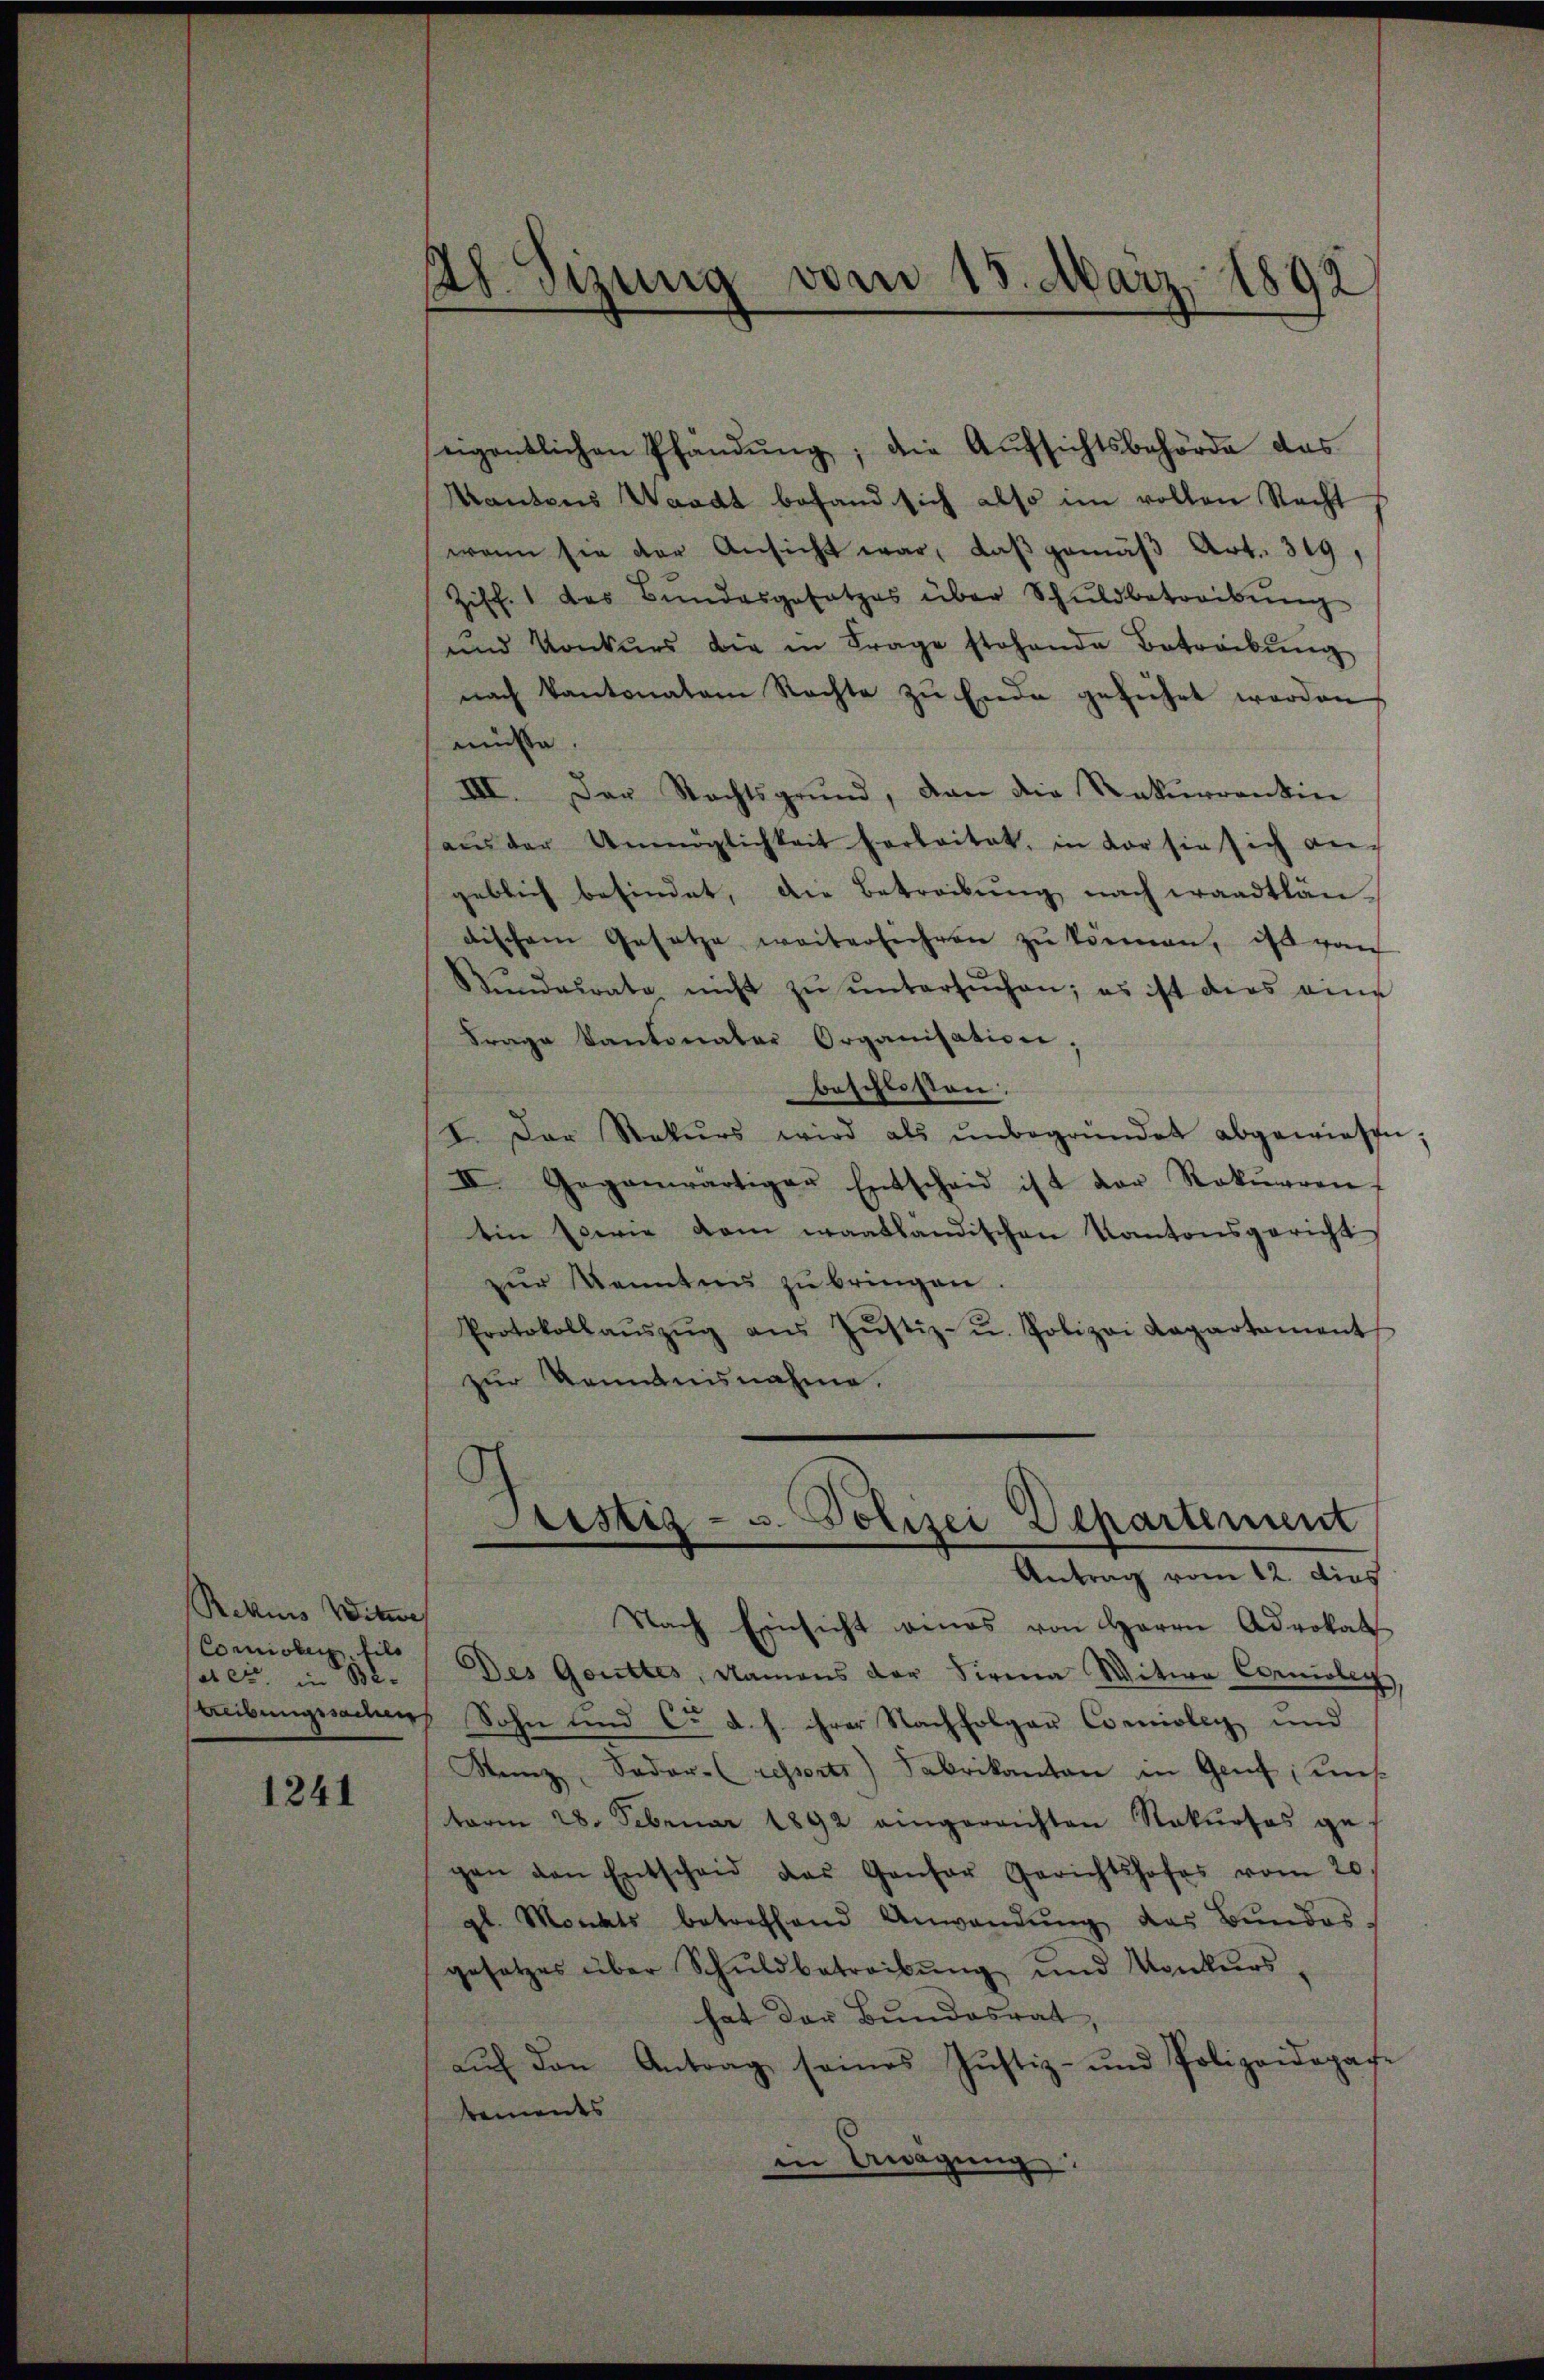
Rekurs Witwe
(Commissig, fils
atet, in Be-

1241

48. Sizung vom 15. März 1892
s

eigentlichen Pfändung; die Aufsichtsbehörde das
Mantons Waadt befand sich also im vollen Recht
wenn sie der Ansicht war, daβ gemäβ Art. 319,
Ziff. 1 des Bundesgesetzes über Schuldbetreibŭng
und Konkurs die in Frage stehende Betreibŭng
nach Kantonaten Rechte zu Ende geführt werden
müsse.
III. Der Nachtsgrund, dan die Rekurrentin
aŭs der Unmöglichkeit Farbeitet, in der sie sich an-
geblich befindet, die Betreibŭng nach waadtlän-
dischem Gesetze weiterlichen zŭ können, ist gan
Stŭndesrate nicht zŭ ŭntersŭchen; es ist dies eine
Frage kantonaler Organisation;
beschlossen.
I. Der Rekurs wird als ŭnbegründet abgewiesen;
III. Gegenwärtiger Entscheid ist der Rekŭrren
Ein Es wie dem waatländischen Kantonsgericht
zŭr Kenntens zŭ bringen.
Protokollaŭszŭg aŭs Jŭstiz- u. Polizei Kapartament
zur Kenntnisnahme.
Justiz- u. Polizei Departement
Antrag vom 12. dies
Nach Einsicht eines von Herrn Advokat
Des Gottes, Namens der Firma Witwe Comisler,
Reibungssachen Sohn und Co d. h. ihrer Nachfolger Cornioley und
Stenz, Sadar (ressorts) Fabrikanton in Genf, uns.
term 28. Februar 1892 eingereichten Rekurses ge-
gen den Entscheid das Gansor Gerichtshofes vom 20.
gl. Monats betreffend Anwendŭng des Bundesgesetzes über Schŭldbetreibŭng und Konkŭrs
hat der Bundesrat,
aŭf den Antrag seines Justiz- und Polizeidepari
bements
in Knägung: